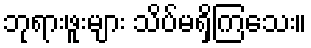
ဘုရားဖူးများ သိပ်မရှိကြသေး။